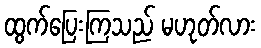
ထွက်ပြေးကြသည် မဟုတ်လား